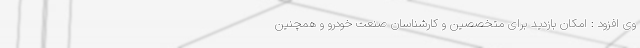
وی افزود : امکان بازدید برای متخصصین و کارشناسان صنعت خودرو و همچنین